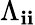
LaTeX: \Lambda_{\mathbf{i}\mathbf{i}}